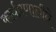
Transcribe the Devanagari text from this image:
कार्यप्रणालीने